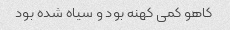
کاهو کمی کهنه بود و سیاه شده بود